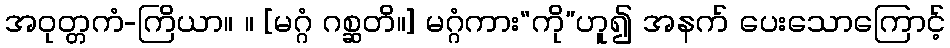
အဝုတ္တကံ-ကြိယာ။ ။ [မဂ္ဂံ ဂစ္ဆတိ။] မဂ္ဂံကား“ကို”ဟူ၍ အနက် ပေးသောကြောင့်